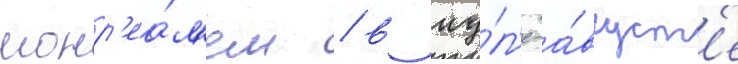
монр'еа́л'ем / в иу́л'е-а́вгуст'е